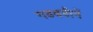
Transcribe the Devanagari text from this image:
गडबडीनें